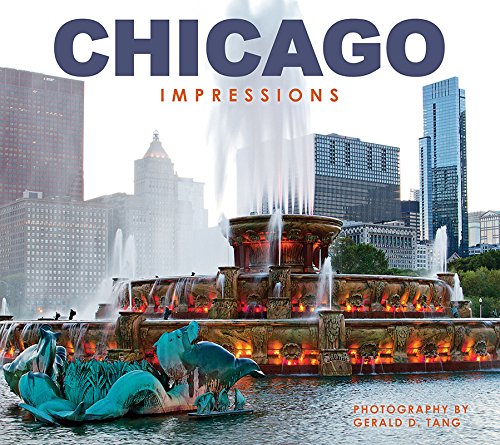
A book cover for Chicago Impressions; photography by Gerald D. Tang; Travel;